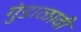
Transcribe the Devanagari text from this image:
गुंडाळावी